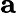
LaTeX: \textbf{a}